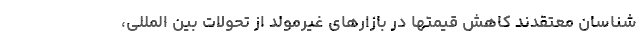
شناسان معتقدند کاهش قیمتها در بازارهای غیرمولد از تحولات بین المللی،